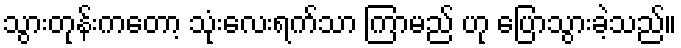
သွားတုန်းကတော့ သုံးလေးရက်သာ ကြာမည် ဟု ပြောသွားခဲ့သည်။